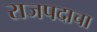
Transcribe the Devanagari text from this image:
राजपदाचा